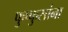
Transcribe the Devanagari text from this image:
फुप्फुसांना